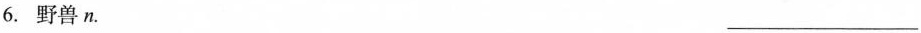
6.野兽n. ___